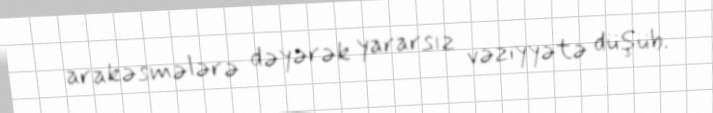
arakəsmələrə dəyərək yararsız vəziyyətə düşüb.